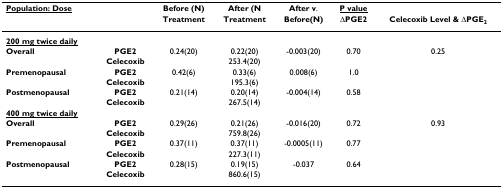
| <underline>Population: Dose</underline> |  | Before (N) | After (N | After v. | <underline>P value</underline> |  |
 |  |  | Treatment | Treatment | Before(N) | ΔPGE2 | Celecoxib Level & ΔPGE2 |
 | --- | --- | --- | --- | --- | --- | --- |
 | <underline>200 mg twice daily</underline> |  |  |  |  |  |  |
 | Overall | PGE2 | 0.24(20) | 0.22(20) | -0.003(20) | 0.70 | 0.25 |
 |  | Celecoxib |  | 253.4(20) |  |  |  |
 | Premenopausal | PGE2 | 0.42(6) | 0.33(6) | 0.008(6) | 1.0 |  |
 |  | Celecoxib |  | 195.3(6) |  |  |  |
 | Postmenopausal | PGE2 | 0.21(14) | 0.20(14) | -0.004(14) | 0.58 |  |
 |  | Celecoxib |  | 267.5(14) |  |  |  |
 | <underline>400 mg twice daily</underline> |  |  |  |  |  |  |
 | Overall | PGE2 | 0.29(26) | 0.21(26) | -0.016(20) | 0.72 | 0.93 |
 |  | Celecoxib |  | 759.8(26) |  |  |  |
 | Premenopausal | PGE2 | 0.37(11) | 0.37(11) | -0.0005(11) | 0.77 |  |
 |  | Celecoxib |  | 227.3(11) |  |  |  |
 | Postmenopausal | PGE2 | 0.28(15) | 0.19(15) | -0.037 | 0.64 |  |
 |  | Celecoxib |  | 860.6(15) |  |  |  |